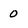
Character: 0